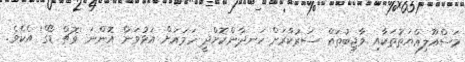
މަސްއޫލިއްޔަތުތަކާއި ވާޖިބުތައް ސަރުކާރަށް ހަނދާންކޮށްދީ ހަމައަށް އަޅުވަން އޮންނަ 'ވޮޗް ޑޯގް' އެކެވެ.